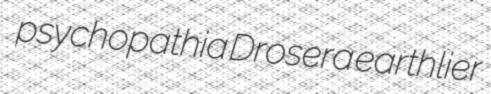
psychopathia Drosera earthlier